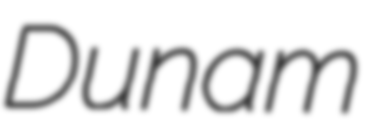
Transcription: Dunam